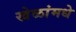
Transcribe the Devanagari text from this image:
खेळांमधे